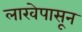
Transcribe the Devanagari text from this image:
लाखेपासून